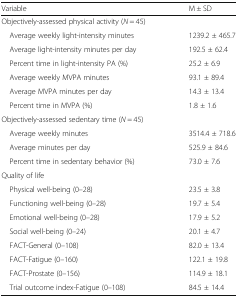
<table><thead><tr><td><b>Variable</b></td><td><b>M ± SD</b></td></tr></thead><tbody><tr><td colspan="2">Objectively-assessed physical activity (<i>N</i> = 45)</td></tr><tr><td> Average weekly light-intensity minutes</td><td>1239.2 ± 465.7</td></tr><tr><td> Average light-intensity minutes per day</td><td>192.5 ± 62.4</td></tr><tr><td> Percent time in light-intensity PA (%)</td><td>25.2 ± 6.9</td></tr><tr><td> Average weekly MVPA minutes</td><td>93.1 ± 89.4</td></tr><tr><td> Average MVPA minutes per day</td><td>14.3 ± 13.4</td></tr><tr><td> Percent time in MVPA (%)</td><td>1.8 ± 1.6</td></tr><tr><td colspan="2">Objectively-assessed sedentary time (<i>N</i> = 45)</td></tr><tr><td> Average weekly minutes</td><td>3514.4 ± 718.6</td></tr><tr><td> Average minutes per day</td><td>525.9 ± 84.6</td></tr><tr><td> Percent time in sedentary behavior (%)</td><td>73.0 ± 7.6</td></tr><tr><td colspan="2">Quality of life</td></tr><tr><td> Physical well-being (0–28)</td><td>23.5 ± 3.8</td></tr><tr><td> Functioning well-being (0–28)</td><td>19.7 ± 5.4</td></tr><tr><td> Emotional well-being (0–28)</td><td>17.9 ± 5.2</td></tr><tr><td> Social well-being (0–24)</td><td>20.1 ± 4.7</td></tr><tr><td> FACT-General (0–108)</td><td>82.0 ± 13.4</td></tr><tr><td> FACT-Fatigue (0–160)</td><td>122.1 ± 19.8</td></tr><tr><td> FACT-Prostate (0–156)</td><td>114.9 ± 18.1</td></tr><tr><td> Trial outcome index-Fatigue (0–108)</td><td>84.5 ± 14.4</td></tr></tbody></table>